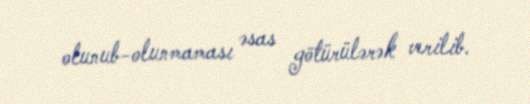
olunub-olunmaması əsas götürülərək verilib.